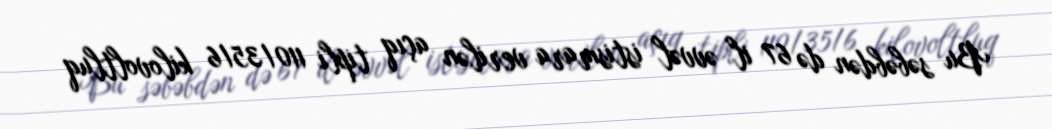
Bu səbəbdən də 67 il əvvəl istismara verilən açıq tipli 110/35/6 kilovoltluq